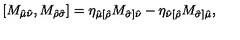
\left[ M _ { \hat { \mu } \hat { \nu } } , M _ { \hat { \rho } \hat { \sigma } } \right] = \eta _ { \hat { \mu } [ \hat { \rho } } M _ { \hat { \sigma } ] \hat { \nu } } - \eta _ { \hat { \nu } [ \hat { \rho } } M _ { \hat { \sigma } ] \hat { \mu } } ,